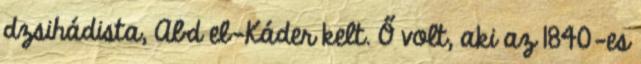
dzsihádista, Abd el-Káder kelt. Ő volt, aki az 1840-es